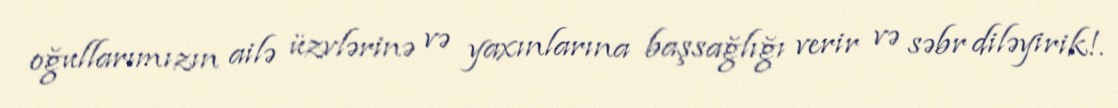
oğullarımızın ailə üzvlərinə və yaxınlarına başsağlığı verir və səbr diləyirik!.